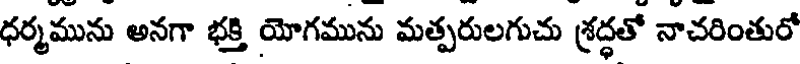
ధర్మమును అనగా భక్తి యోగమును మత్పరులగుచు శ్రద్ధతో నాచరింతురో